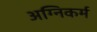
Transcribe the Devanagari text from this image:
अग्निकर्म